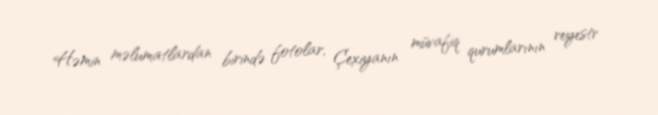
Həmin məlumatlardan birində fotolar, Çexiyanın müvafiq qurumlarının reyestr